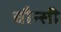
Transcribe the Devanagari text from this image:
चौन्सी